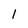
Character: l